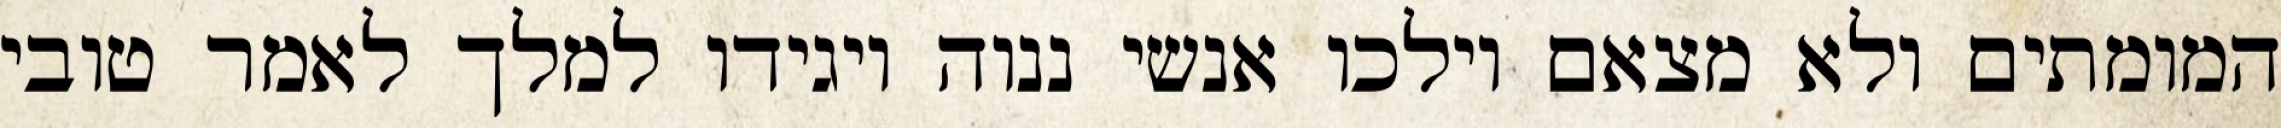
המומתים ולא מצאם וילכו אנשי ננוה ויגידו למלך לאמר טובי